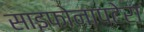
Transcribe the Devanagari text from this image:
साइफोनाप्टेरा